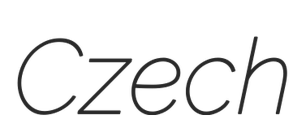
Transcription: Czech